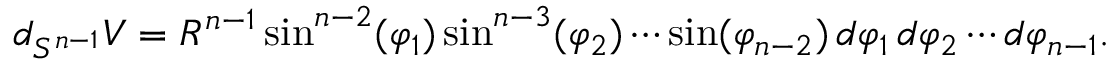
d _ { S ^ { n - 1 } } V = R ^ { n - 1 } \sin ^ { n - 2 } ( \varphi _ { 1 } ) \sin ^ { n - 3 } ( \varphi _ { 2 } ) \cdots \sin ( \varphi _ { n - 2 } ) \, d \varphi _ { 1 } \, d \varphi _ { 2 } \cdots d \varphi _ { n - 1 } .